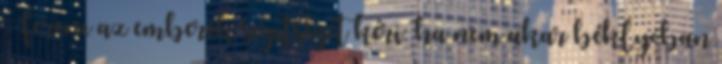
Ferenc az emberek segítségét kéri: ha nem akar béklyóban